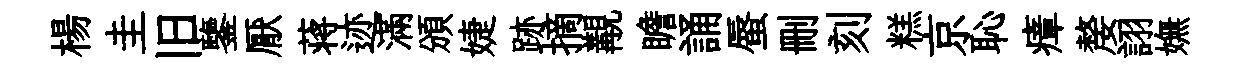
楊圭旧鑒厭蒋迹滿頒婕跡摘覯瞻誦蜃删刻糕京恥瘴嫠詡嫵